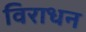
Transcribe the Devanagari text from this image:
विराधन